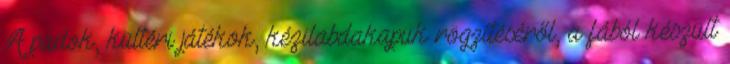
A padok, kültéri játékok, kézilabdakapuk rögzítéséről, a fából készült